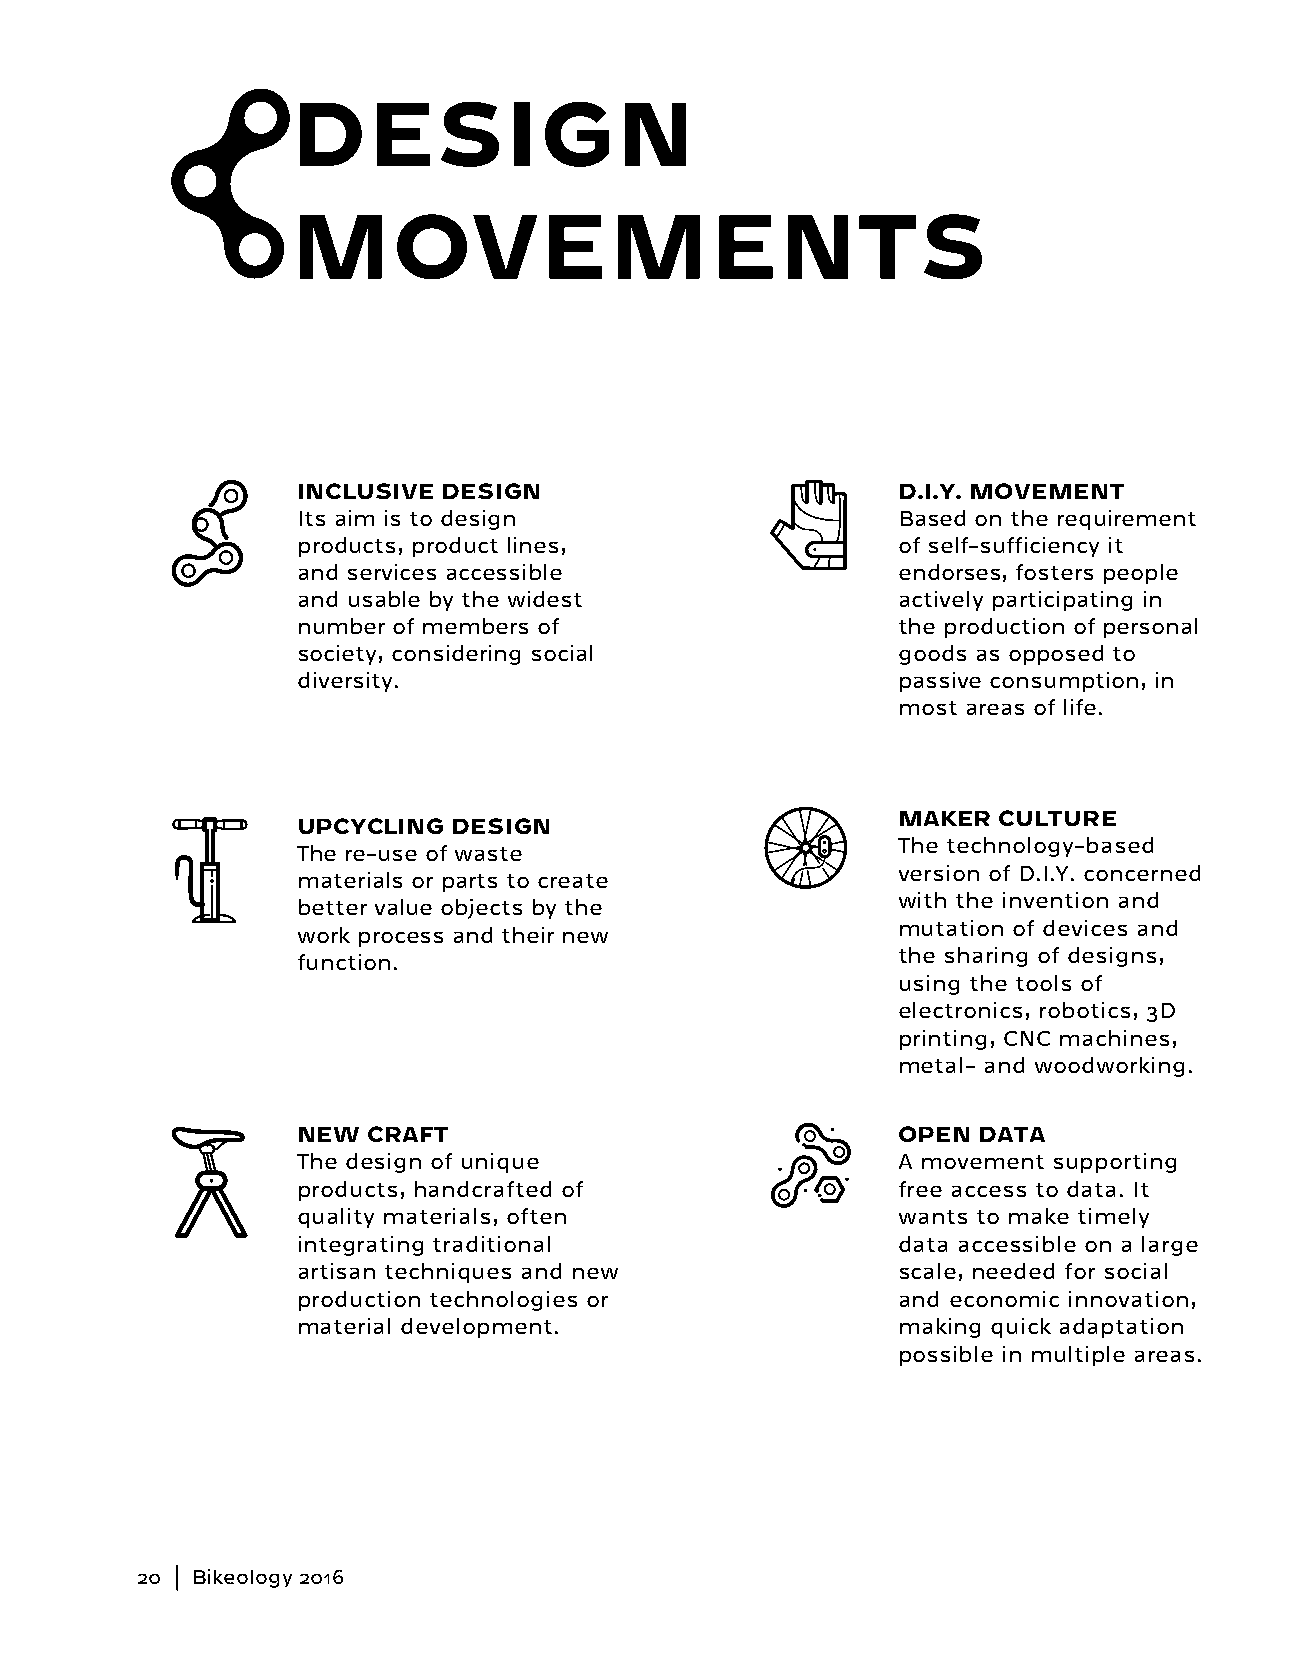
DESIGN
 MOVEMENTS
 INCLUSIVE DESIGN                       D.I.Y. MOVEMENT
 Its aim is to design                   Based on the requirement
 products, product lines,               of self-sufficiency it
 and services accessible                endorses, fosters people
 and usable by the widest               actively participating in
 number of members of                   the production of personal
 society, considering social            goods as opposed to
 diversity.                             passive consumption, in
 most areas of life.
 MAKER  CULTURE
 UPCYCLING DESIGN
 The technology-based
 The re-use of waste
 version of D.I.Y. concerned
 materials or parts to create
 with the invention and
 better value objects by the
 mutation of devices and
 work process and their new
 the sharing of designs,
 function.
 using the tools of
 electronics, robotics, 3D
 printing, CNC machines,
 metal- and woodworking.
 NEW CRAFT                              OPEN  DATA
 The design of unique                   A movement supporting
 products, handcrafted of               free access to data. It
 quality materials, often               wants to make timely
 integrating traditional                data accessible on a large
 artisan techniques and new             scale, needed for social
 production technologies or             and economic innovation,
 material development.                  making quick adaptation
 possible in multiple areas.
 20  Bikeology 2016